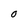
Character: 0